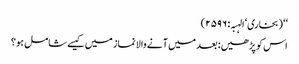
‘‘ (بخاری‘ الہبہ: ۲۵۹۶)
اس کو پڑھیں: بعد میں آنے والا نماز میں کیسے شامل ہو؟